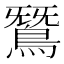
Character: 𪂫